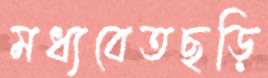
মধ্যবেতছড়ি